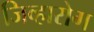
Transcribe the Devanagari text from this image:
जिव्हारोग